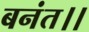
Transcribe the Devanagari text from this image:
बनंत।।